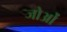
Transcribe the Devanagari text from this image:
जोओं